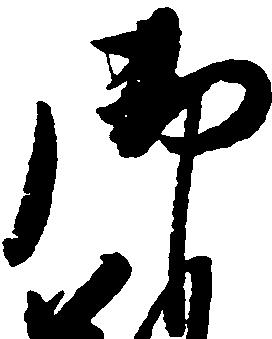
御